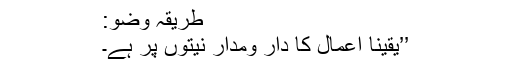
طریقہ وضو:
’’یقیناً اعمال کا دار ومدار نیتوں پر ہے۔